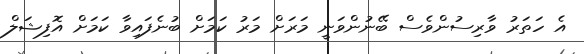
އެ ހަތަރު ވާރިސުންވެސް ބޭނުންވަނީ މަރަށް މަރު ކަމަށް ބުނެފައިވާ ކަމަށް އޮފިޝަލް